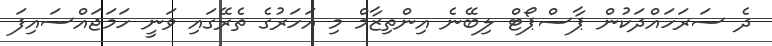
ދެ ސަރަހައްދަކުން ޕާސްޕޯޓް ލިބޭނެ އިންތިޒާމް މި އަަހަރުގެ ތެރޭގައި ވަނީ ހަމަޖައްސައިފަ